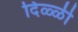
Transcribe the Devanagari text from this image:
दिळ्ळी